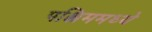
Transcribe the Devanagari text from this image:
पश्चिममध्ये